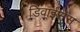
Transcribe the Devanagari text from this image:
डिवाईसेस